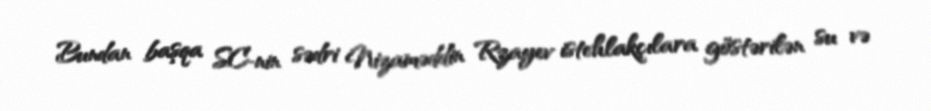
Bundan başqa SC-nin sədri Nizaməddin Rzayev istehlakçılara göstərilən su və